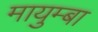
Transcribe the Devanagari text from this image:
मायुम्बा